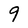
Character: 9